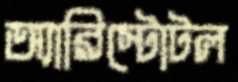
অ্যারিস্টোটল